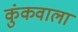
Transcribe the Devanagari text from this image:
कुंकवाला